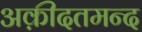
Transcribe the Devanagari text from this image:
अक़ीदतमन्द